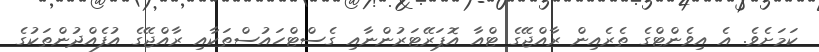
ކަމަށެވެ. އެ އިވެންޓްގެ ތެރެއިން ރާއްޖޭގެ ޓްއާ އޮޕަރޭޓަރުންނާއި ގެސްޓްހައުސްތަކާއި ރާއްޖޭގެ އުފެއްދުންތަކުގެ